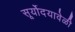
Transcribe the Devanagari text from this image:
सूर्योदयावेळी